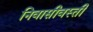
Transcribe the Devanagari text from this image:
निवासीवस्ती